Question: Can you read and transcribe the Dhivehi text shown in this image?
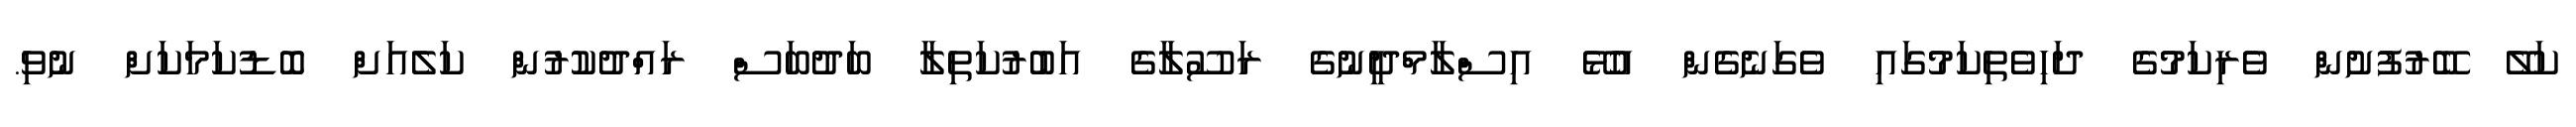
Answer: ކަލޭ ބޭރުފުށުން ވެރިކަމުގެ ދަހިވެތިކަމުގައި ވެގަނެގެން އުޅޭ އިސްލާމްދީނުގެ ރަސޫލާގެ އަބުރުކަތިލާ ބަދުބަސް ރައްދުކުރުން ކަލެއަށް ބޮޑުކަމަކަށް ނުވި.